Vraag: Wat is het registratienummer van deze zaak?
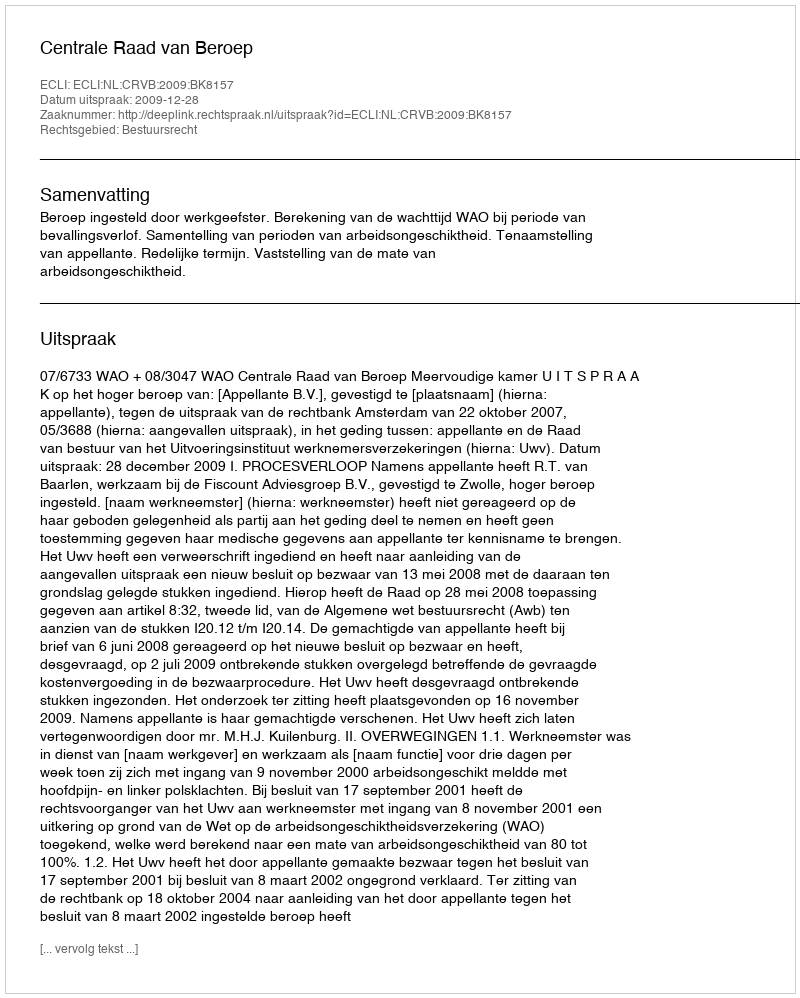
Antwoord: http://deeplink.rechtspraak.nl/uitspraak?id=ECLI:NL:CRVB:2009:BK8157